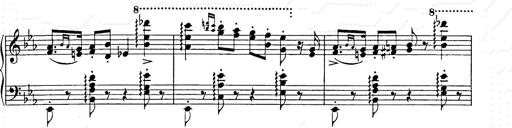
Title: Hungarian Rhapsody No.9
Composer: Franz Liszt
Key: E-flat major